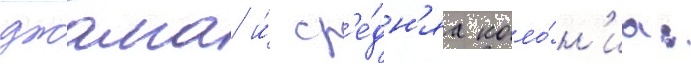
джалга и́ ср'е́дн'яа коло́н'иа: